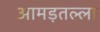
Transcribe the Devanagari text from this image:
आमड़तल्ला